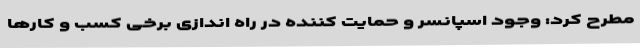
مطرح کرد: وجود اسپانسر و حمایت کننده در راه اندازی برخی کسب و کارها